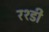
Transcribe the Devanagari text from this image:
रश्डी